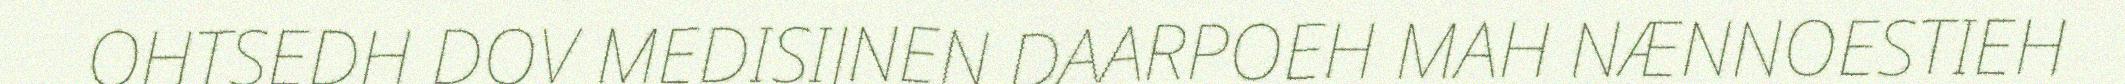
OHTSEDH DOV MEDISIJNEN DAARPOEH MAH NÆNNOESTIEH